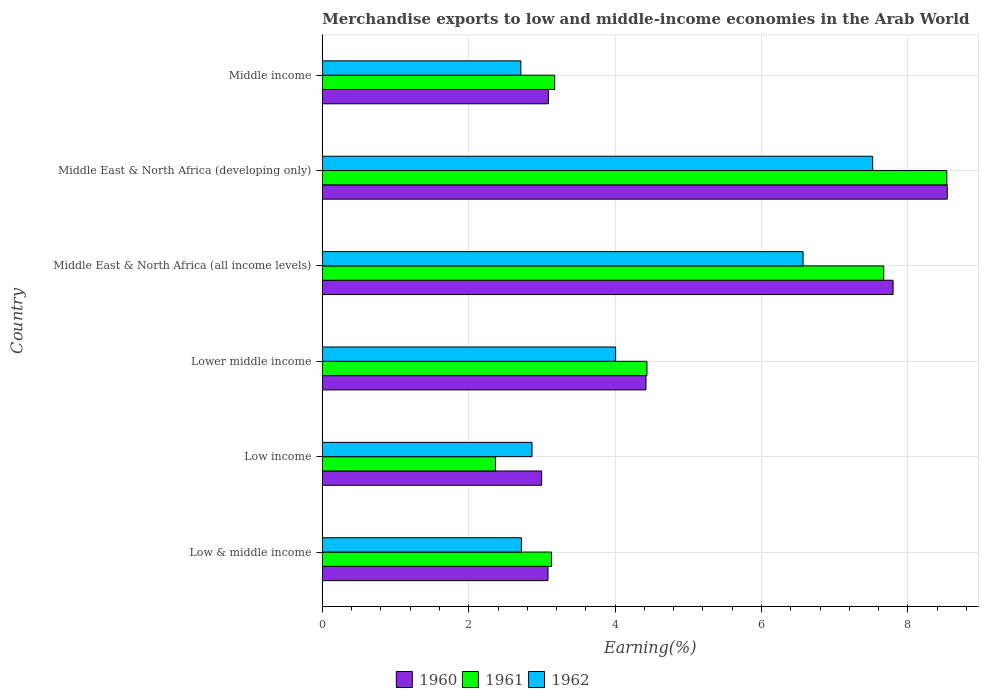
| Country | 1960 | 1961 | 1962 |
 | --- | --- | --- | --- |
 | Low & middle income | 3.08 | 3.13 | 2.72 |
 | Low income | 3 | 2.37 | 2.86 |
 | Lower middle income | 4.42 | 4.43 | 4.01 |
 | Middle East & North Africa (all income levels) | 7.8 | 7.67 | 6.57 |
 | Middle East & North Africa (developing only) | 8.54 | 8.53 | 7.52 |
 | Middle income | 3.09 | 3.17 | 2.71 |